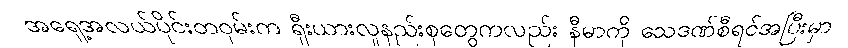
အရှေ့အလယ်ပိုင်းတဝှမ်းက ရှီးယားလူနည်းစုတွေကလည်း နီမာကို သေဒဏ်စီရင်အပြီးမှာ